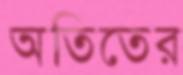
অতিতের